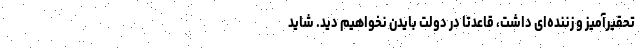
تحقیرآمیز و زننده‌ای داشت، قاعدتا در دولت بایدن نخواهیم دید. شاید